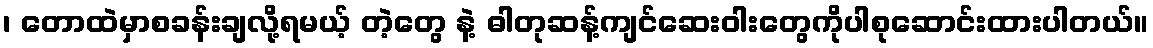
၊ တောထဲမှာစခန်းချလို့ရမယ့် တဲ့တွေ နဲ့ ဓါတုဆန့်ကျင်ဆေးဝါးတွေကိုပါစုဆောင်းထားပါတယ်။